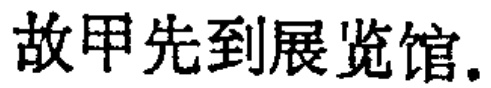
故甲先到展览馆.